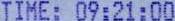
TIME: 09:21:00